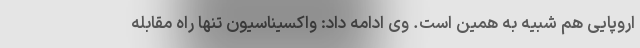
اروپایی هم شبیه به همین است. وی ادامه داد: واکسیناسیون تنها راه مقابله